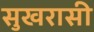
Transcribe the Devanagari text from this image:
सुखरासी